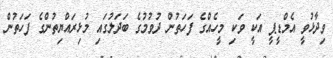
ވިދާޅުވީ އެމްޑީޕީ އަކީ ވަކި މީހެއްގެ ފަހަތުން ދުވުމުގެ ބަދަލުގައި މުޅިރައްޔިތުންގެ ފަހަތުން